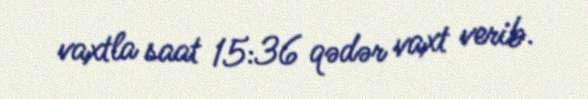
vaxtla saat 15:36 qədər vaxt verib.